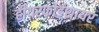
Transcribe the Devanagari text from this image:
हीयरफोर्डशायर